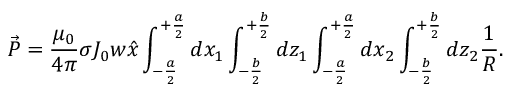
\vec { P } = \frac { \mu _ { 0 } } { 4 \pi } \sigma J _ { 0 } w \hat { x } \int _ { - \frac { a } { 2 } } ^ { + \frac { a } { 2 } } d x _ { 1 } \int _ { - \frac { b } { 2 } } ^ { + \frac { b } { 2 } } d z _ { 1 } \int _ { - \frac { a } { 2 } } ^ { + \frac { a } { 2 } } d x _ { 2 } \int _ { - \frac { b } { 2 } } ^ { + \frac { b } { 2 } } d z _ { 2 } \frac { 1 } { R } .